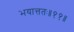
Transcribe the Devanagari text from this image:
भयात्ततः॥११॥